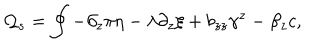
{ \cal Q } _ { s } = \oint - \partial _ { z } \pi \eta - \lambda \partial _ { z } \xi + b _ { z z } \gamma ^ { z } - \beta _ { z } c ,